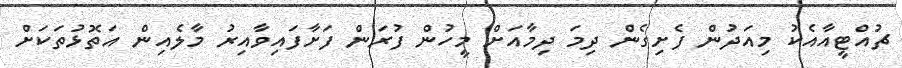
ޗުއްޓީއާއެކު މިއަދުން ފެށިގެން ދިމަ ދިމާއަށް މީހުން ފުރަން ފަށާފައިވާއިރު މާލެއިން އަތޮޅުތަކަށް